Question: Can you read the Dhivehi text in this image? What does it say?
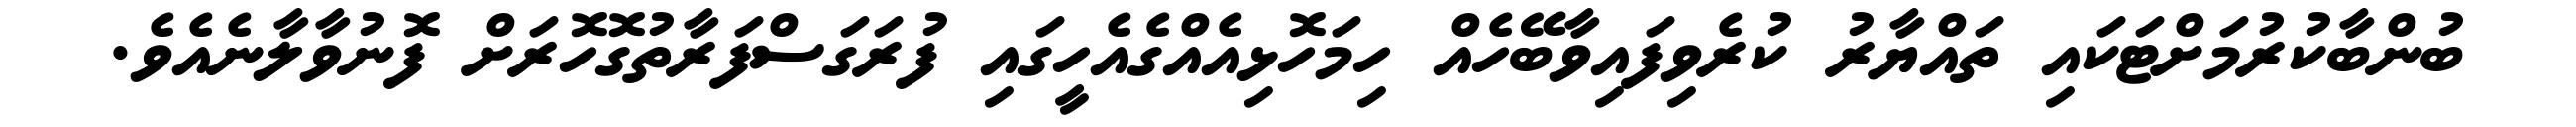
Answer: ބުންބާކުރުމަށްޓަކައި ތައްޔާރު ކުރެވިފައިވާބޭހެއް ހިމަހޮޅިއެއްގެއެހީގައި ފުރަގަސްފަރާތުގޮހޮރަށް ފޮނުވާލާނެއެވެ.